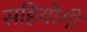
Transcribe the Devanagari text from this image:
सहियोगी